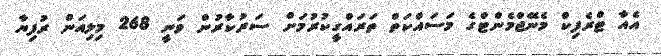
އެއާ ޓްރެފިކް މެނޭޖްމެންޓްގެ މަސައްކަތް ތަރައްގީކުރުމަށް ސަރުކާރުން ވަނީ 268 މިލިއަން ރުފިޔާ